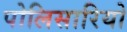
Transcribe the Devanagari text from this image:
पोलिसारियो